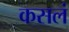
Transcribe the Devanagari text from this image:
कसलं